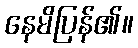
နေမိပြန်၏။